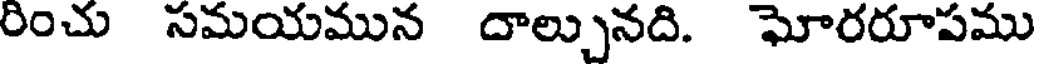
రించు సమయమున దాల్చునది. ఘోరరూపము